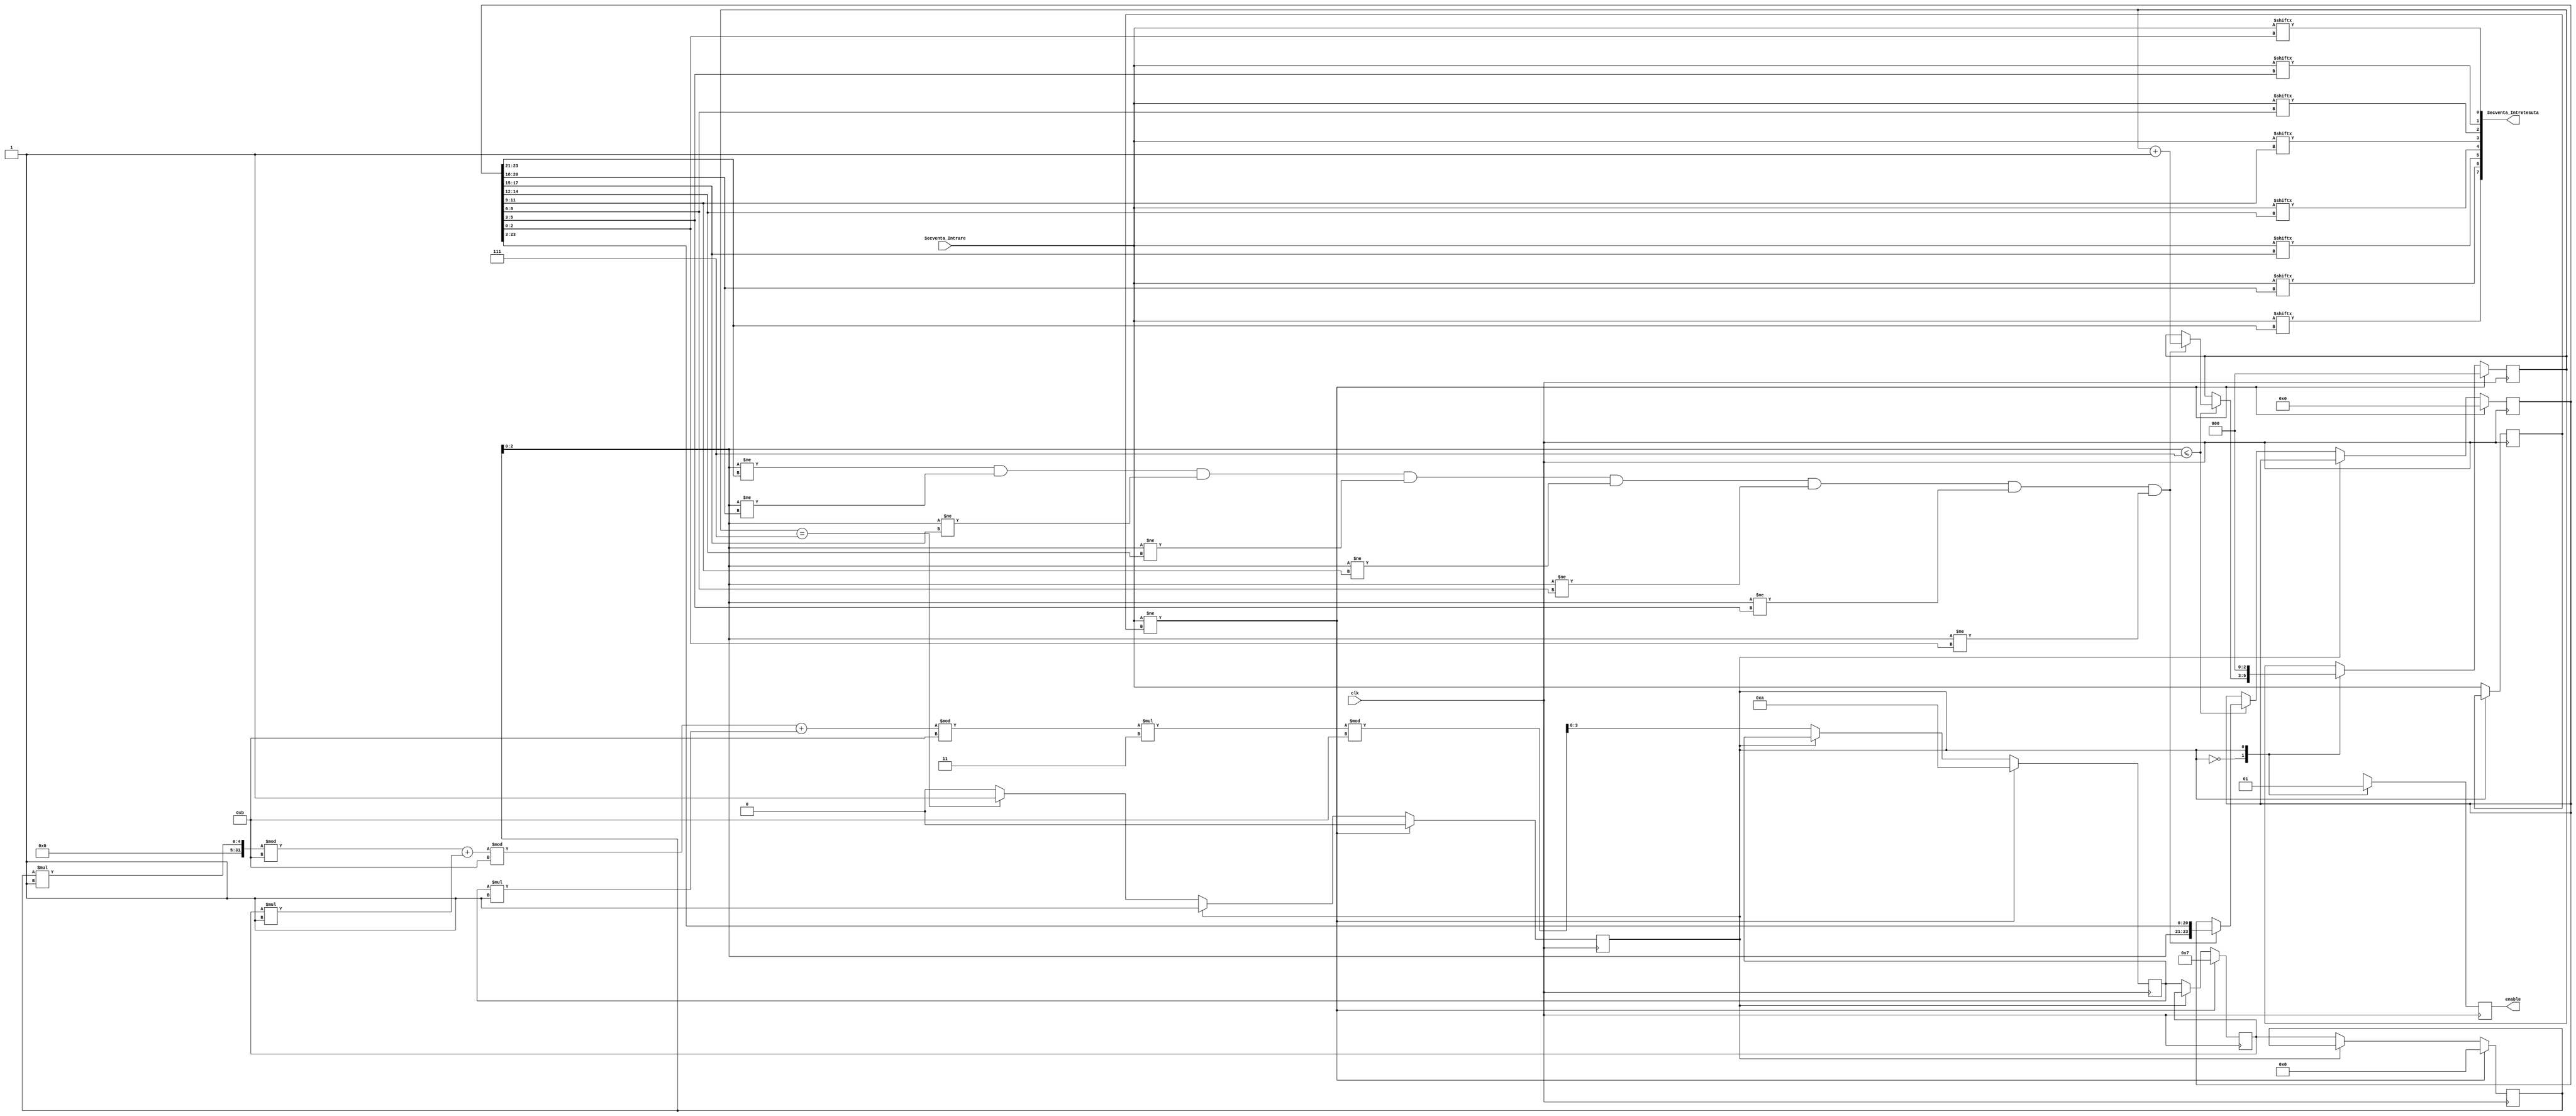
module IntretesatorAleatorGFn(clk,Secventa_Intrare,enable,Secventa_Intretesuta
	);
	
	input clk;
	input [7:0] Secventa_Intrare;
	output reg enable;
	output [7:0] Secventa_Intretesuta;

	//SEED

	reg [3:0] delay0=4'b0000;
	reg [3:0] delay1=4'b0111;
	reg [3:0] delay2=4'b1010;

	//MODULO P

	localparam p=11;

	//COEFCINETII POLINOMULUI PRIMITIV IN GF(P)

	localparam c1=1; //COEF x^3
	localparam c2=1; //COEF x^2
	localparam c3=1; //COEF x^1
	localparam c4=3; //COEF x^0

	assign Secventa_Intretesuta = {Secventa_Intrare[reg_temp[23:21]], Secventa_Intrare[reg_temp[20:18]], Secventa_Intrare[reg_temp[17:15]], Secventa_Intrare[reg_temp[14:12]], Secventa_Intrare[reg_temp[11:9]], Secventa_Intrare[reg_temp[8:6]], Secventa_Intrare[reg_temp[5:3]], Secventa_Intrare[reg_temp[2:0]]};

	reg [23:0] reg_temp           = 24'b0;//Indici intretesere
	reg [2:0]  contor             = 3'b0;
	reg [7:0]  r_Secventa_Intrare = 8'b0;//PENTRU REALUARE ALGORITM DATE DE INTRARE NOI
	reg        state              = 1'b0;
	 
	always @(posedge clk)begin
		case(state)
		1'b0: begin
			enable             <= 1'b0;
			r_Secventa_Intrare <= Secventa_Intrare;

			delay2             <= ((((delay0*c1)%p+(delay1*c2))%p+(delay2*c3))%p*c4)%p;
			delay1             <= delay2;
			delay0             <= delay1;

			if(delay0[2:0] <= 7) begin
				if(delay0[2:0]!=reg_temp[23:21] && delay0[2:0]!=reg_temp[20:18] && delay0[2:0]!=reg_temp[17:15] && delay0[2:0]!=reg_temp[14:12] && delay0[2:0]!=reg_temp[11:9] && delay0[2:0]!=reg_temp[8:6] && delay0[2:0]!=reg_temp[5:3] && delay0[2:0]!=reg_temp[2:0]) begin
						reg_temp[23:0] <= {delay0[2:0], reg_temp[23:3]};
						contor <= contor + 1'b1;
				end
			end
			
			if(contor == 7)begin
				state <= 1'b1;
			end
		end
		
		1'b1: begin
			enable <= 1'b1;
			contor <= 4'b0;
		end
		endcase	

		if(Secventa_Intrare != r_Secventa_Intrare) begin
			contor   <= 4'b0;
			delay0   <= 4'b0000;
			delay1   <= 4'b0111;
			delay2   <= 4'b1010;
			reg_temp <= 24'b0;
			state    <= 1'b0;
		end
	end
endmodule